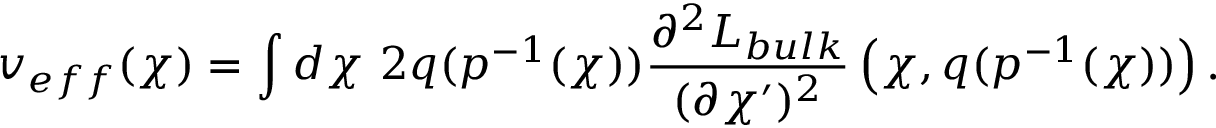
v _ { e f f } ( \chi ) = \int d \chi ~ 2 q ( p ^ { - 1 } ( \chi ) ) \frac { \partial ^ { 2 } { \cal L } _ { b u l k } } { ( \partial \chi ^ { \prime } ) ^ { 2 } } \left( \chi , q ( p ^ { - 1 } ( \chi ) ) \right) .